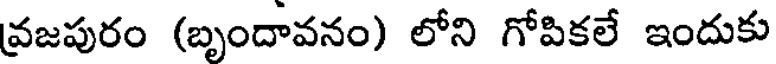
వ్రజపురం (బృందావనం) లోని గోపికలే ఇందుకు